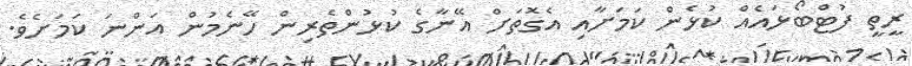
ރީތީ ފުޓްބޯޅައެއް ކުޅެން ކަމަށާއި އެގޮތަށް އޭނާގެ ކުޅުންތެރިން ހޭނެމުން އަންނަ ކަމަށެވެ.